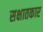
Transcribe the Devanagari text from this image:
सक्षातकार